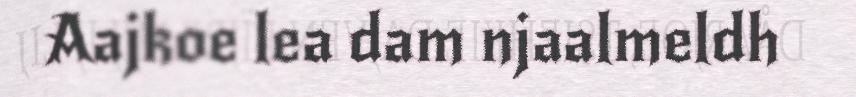
Aajkoe lea dam njaalmeldh